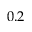
0 . 2